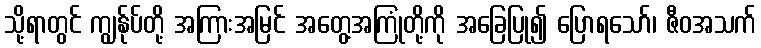
သို့ရာတွင် ကျွန်ုပ်တို့ အကြားအမြင် အတွေ့အကြုံတို့ကို အခြေပြု၍ ပြောရသော်၊ ဇီဝအသက်